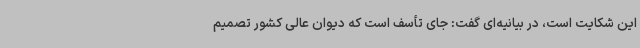
این شکایت است، در بیانیه‌ای گفت: جای تأسف است که دیوان عالی کشور تصمیم